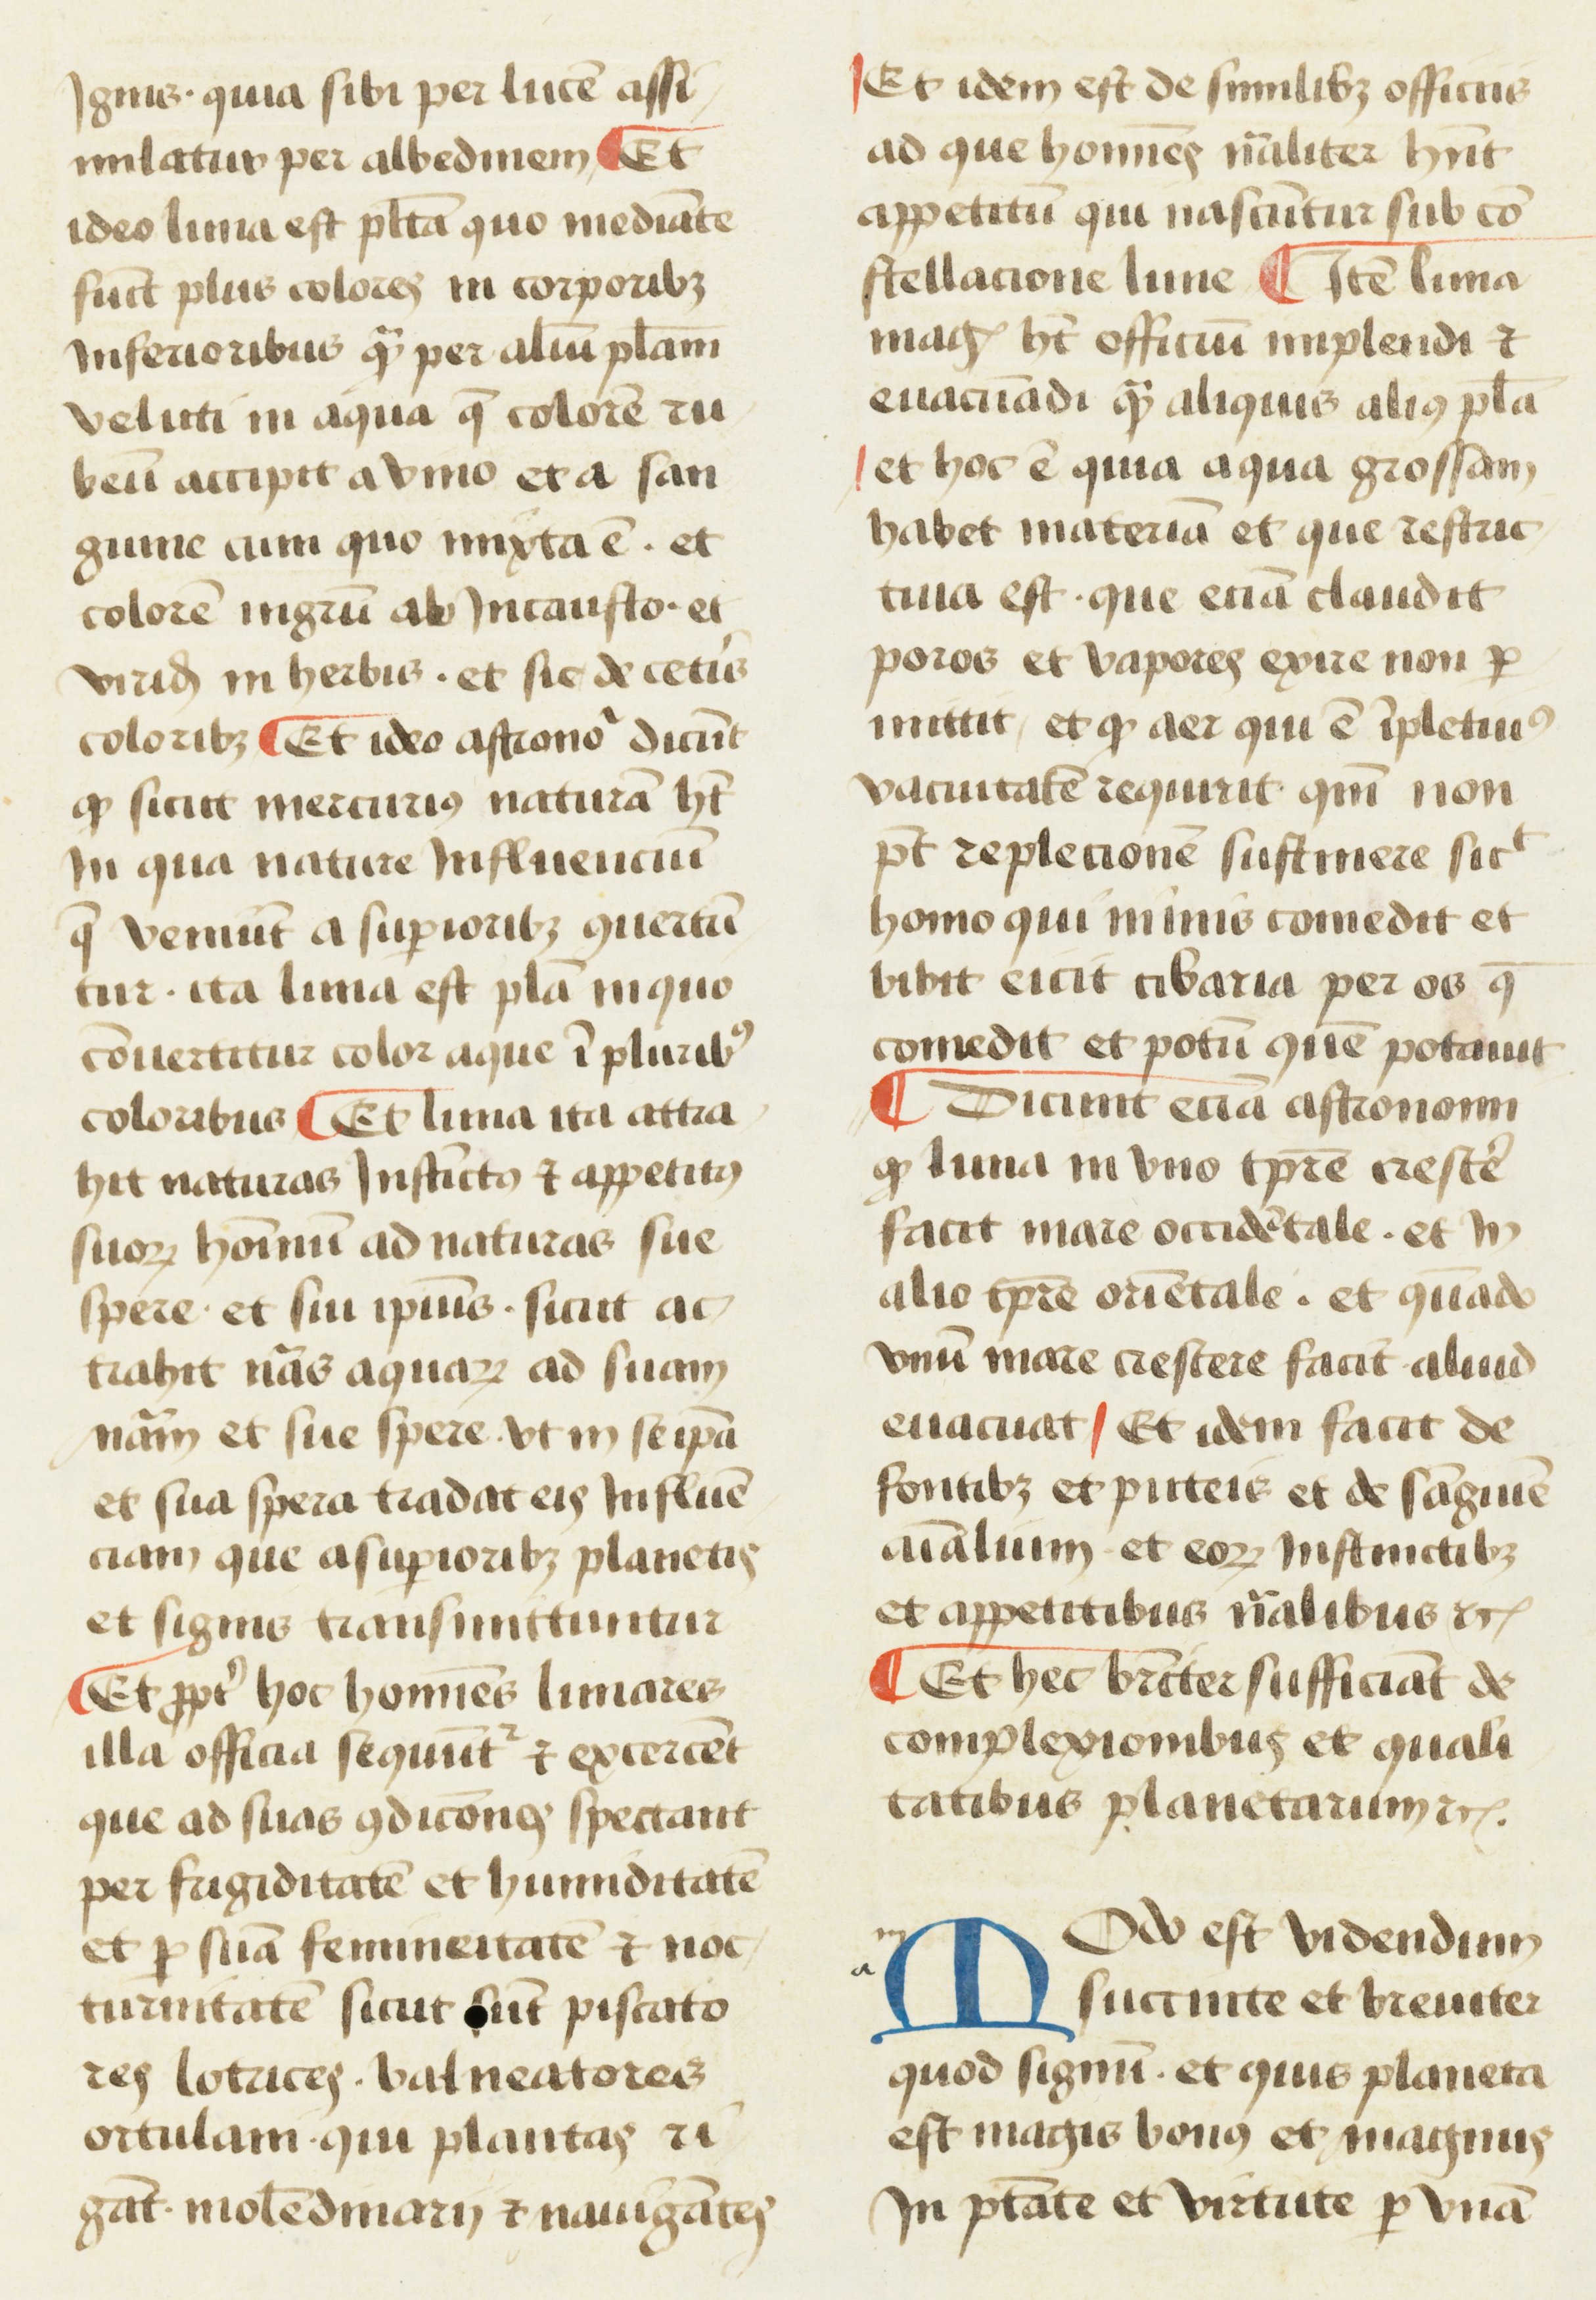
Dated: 1450–1474